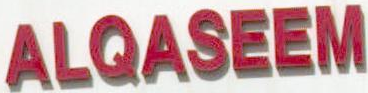
ALQASEEM